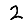
Digit: 2